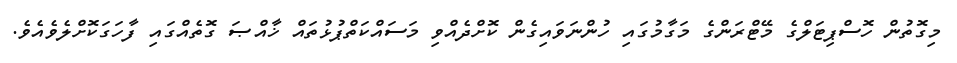
މިގޮތުން ހޮސްޕިޓަލްގެ މޭޓްރަންގެ މަގާމުގައި ހުންނަވައިގެން ކޮށްދެއްވި މަސައްކަތްޕުޅުތައް ޚާއްޞަ ގޮތެއްގައި ފާހަގަކޮށްލެވެއެވެ.